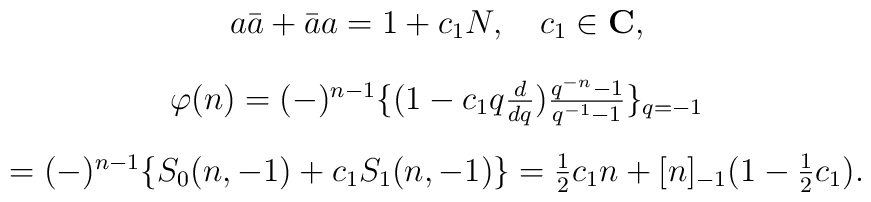
\begin{array}{c}a \bar{a} + \bar{a} a = 1 + c_{1} N ,  \quad  c_{1} \in {\bf C},\\[4mm]\varphi (n) = (-)^{n-1} \{ (1- c_{1} q\frac {d}{dq})\frac {q^{-n} - 1}{q^{-1} -1}\}_{q=-1} \\[4mm]=   (-)^{n-1} \{ S_{0}(n,-1) + c_{1} S_{1}(n,-1)\} = \frac{1}{2} c_{1}n +[n]_{-1} (1 - \frac{1}{2} c_{1}) . \end{array}